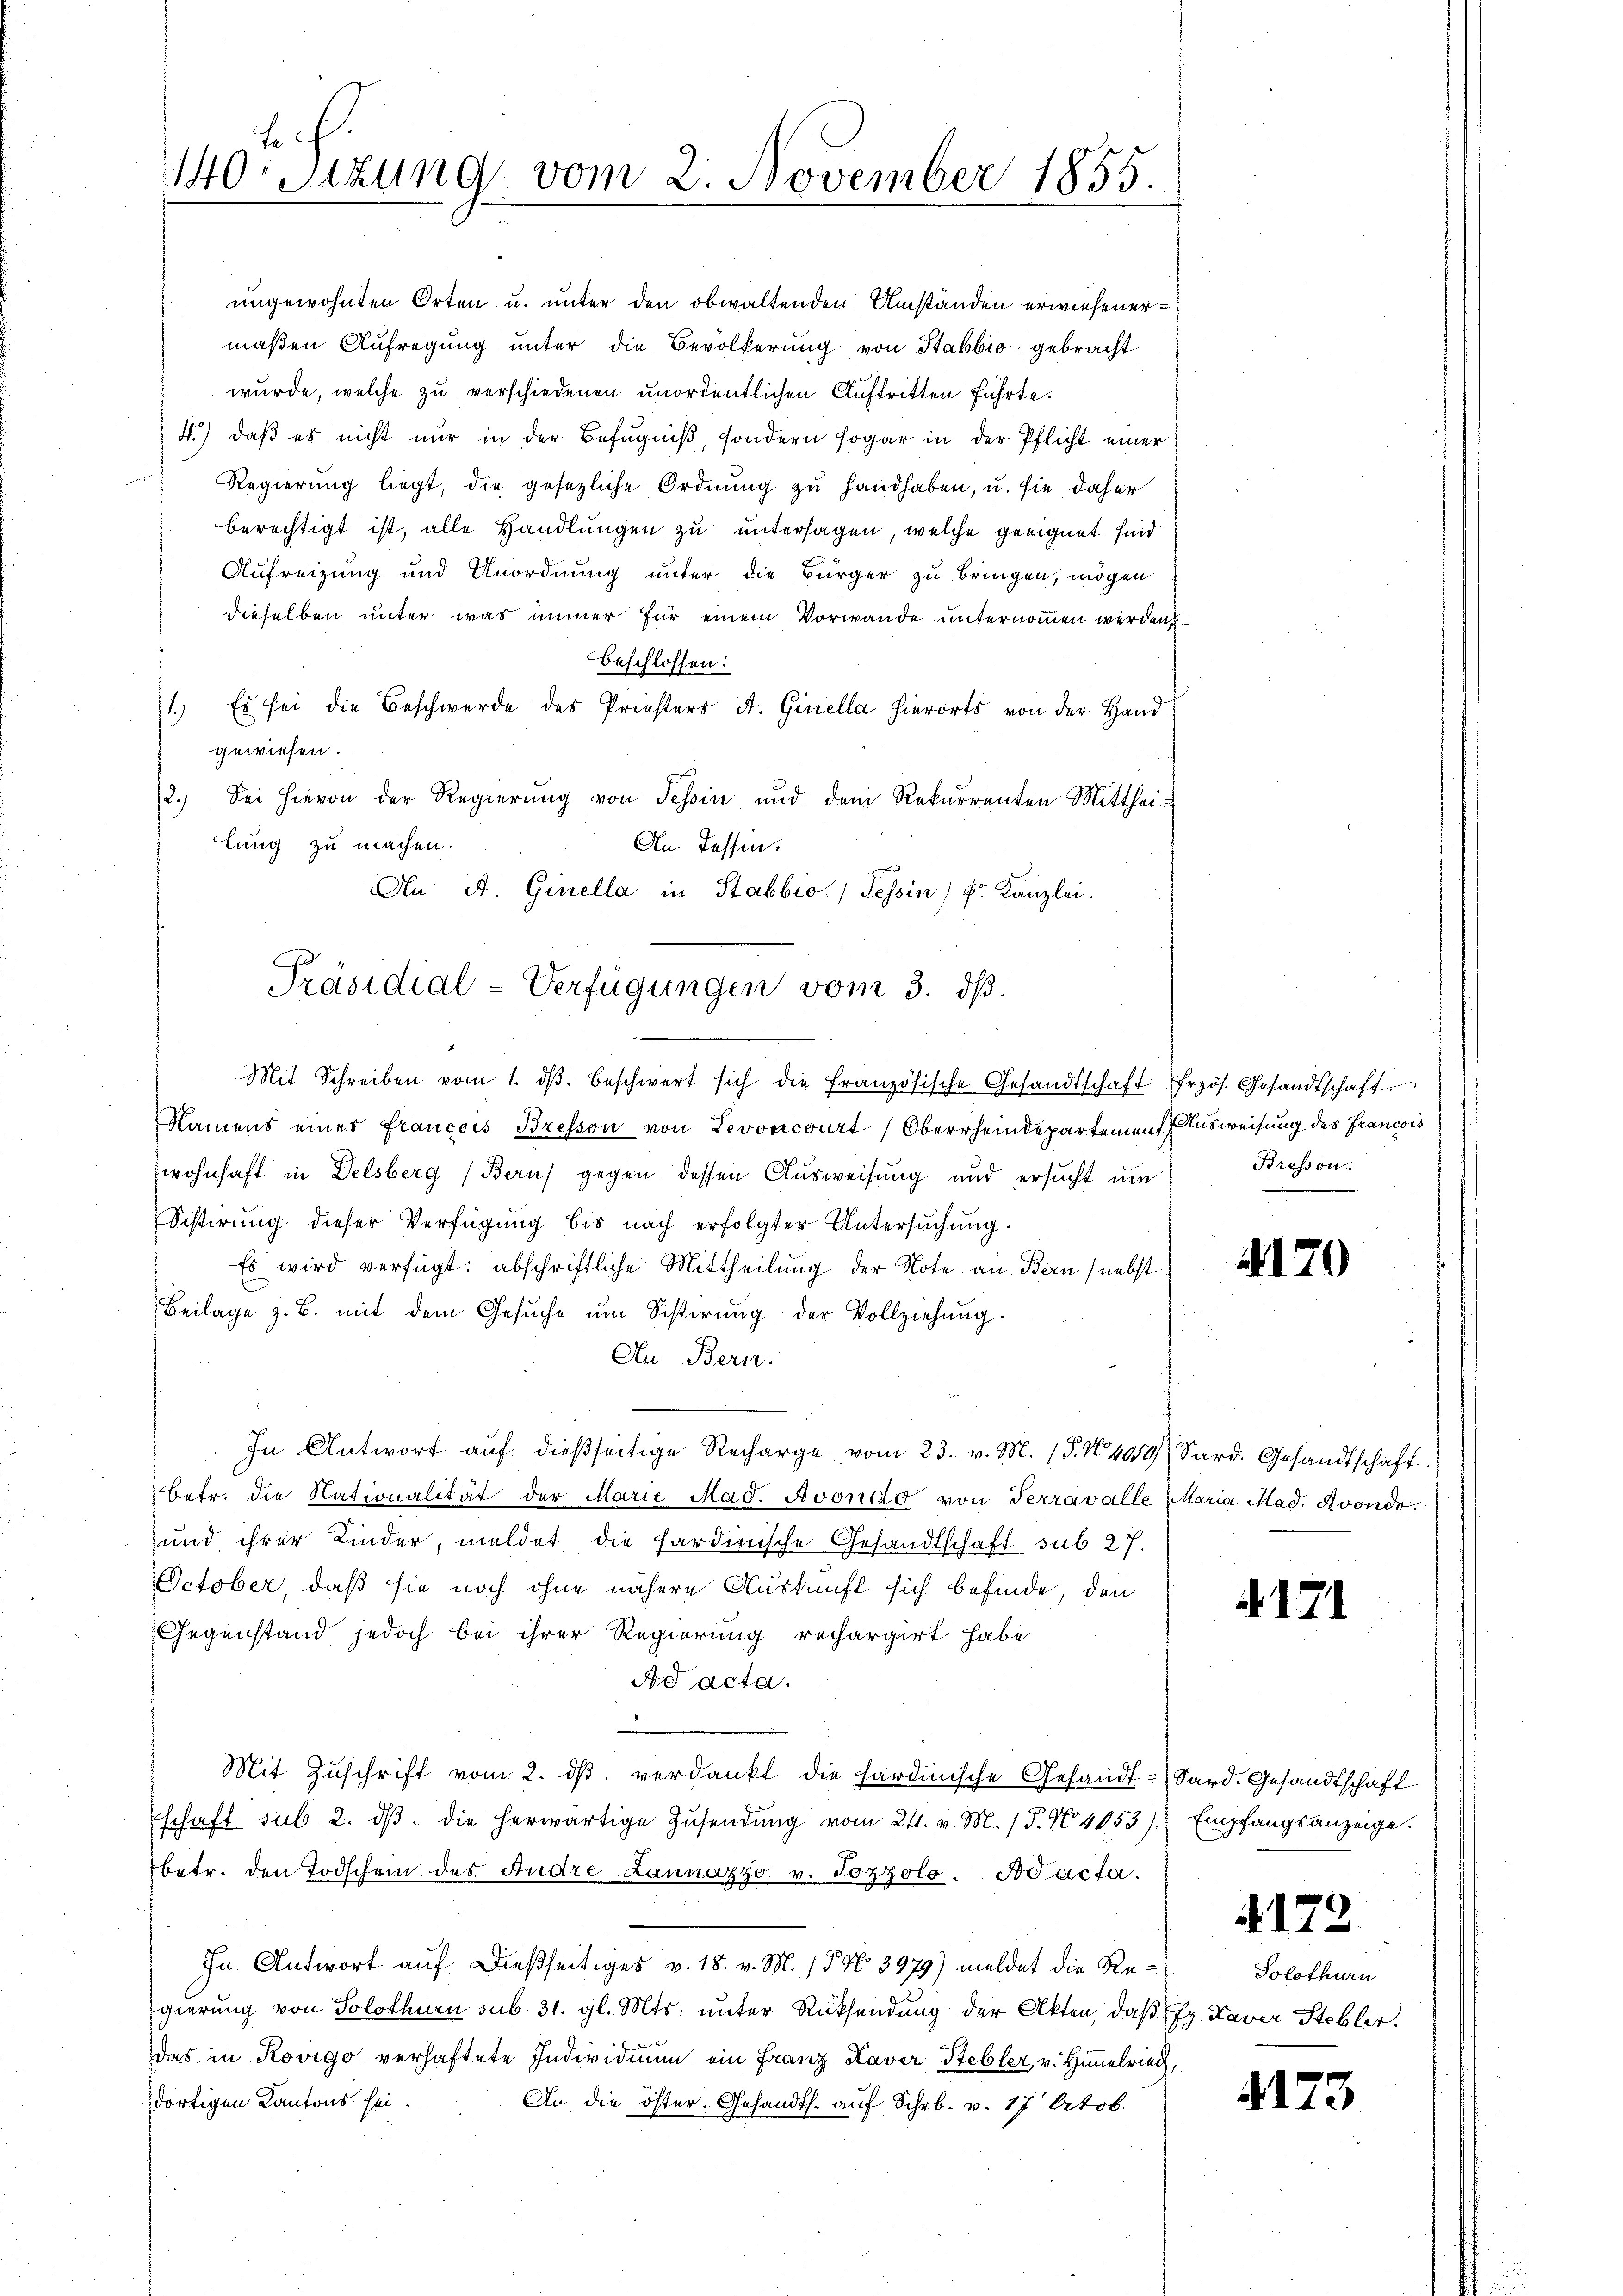
Hch.
140
Sitzung vom 2. November 1855.

ungewohnten Orten u. unter den obwaltenden Umständen erwiesener
maßen Aufregung unter die Bevölkerung von Stabbio gebracht
wurde, welche zu verschiedenen unordentlichen Auftritten führte.
4.) daß es nicht nur in der Befugniß, sondern sogar in der Pflicht einer
Regierung liegt, die gesezliche Ordnung zu handhaben, u. sie daher
berechtigt ist, alle Handlungen zu untersagen, welche geeignet sind
Aufreizung und Unordnung unter die Bürger zu bringen, mögen
dieselben unter was immer für einem Vorwande unternommen werden
beschlossen:
11.) Es sei die Beschwerde des Priesters A. Ginella hierorts von der Hand
gewiesen.
2.) Sei hievon der Regierung von Tessin und dem Rekurrenten Mitthei-
lung zu machen.
An Tessen.
An A. Ginella in Stabbio) Tessin) Fr. Kanzlei.
Präsidial-Verfügungen vom 3. dß.

Mit Schreiben vom 1. dβ beschwert sich die französische Gesandtschaft frzös. Gesandtschaft
Namens eines Francois Bresson von Levoncourt (Oberrheindepartement Ausweisung des Francois
wohnhaft in Delsberg (Beruf gegen dessen Ausweisung und ersucht um
Sistirung dieser Verfügung bis nach erfolgter Untersŭchŭng.
Es wird verfügt: abschriftliche Mittheilung der Note an Bern (nebst
Beilage z. B. mit dem Gesŭche ŭm Sistirŭng der Vollziehŭng.
Au Bern.
In Antwort auf dießseitige Recharge vom 23. v. M. (S. 409 Sard. Gesandtschaft.
betr. die Nationalität der Marie Mad. Avondo von Terravalle Maria Mad. Avondo.
und ihrer Kinder, meldet die Sardinische Gesandtschaft sub. 27.
October, daß sie noch ohne nähere Auskunft sich befinde, den
Gegenstand jedoch bei ihrer Regierung rechargirt habe
Ad acta.
.
Mit Zuschrift vom 2. dβ verdankt die sardinische Gesandt-Sard. Gesandtschaft
schaft sub 2. dβ. die herwärtige Zusendung vom 21. v. M. (T. No 4053).
betr. den Todschein des Andre Lannazzo v. Pozzolo. Ad acta.
In Antwort auf dießseitiges v. 18. v. M. 15. No. 3979) meldet die Regierung von Solothurn sub. 31. gl. Mts. unter Rücksendung der Akten, daß Ex. Xaver Stebler.
x
das in Rovigo verhaftete Individium ein Franz Kaver Stebler, v. Himelriech,
dortigen Kantons sei.
An die öster. Gesandts. auf Schr. v. 17 Octob

Bresson.

170

171

417.

Empfangsanzeige.

Solothurn

4173